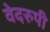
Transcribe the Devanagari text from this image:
वेदरुपी